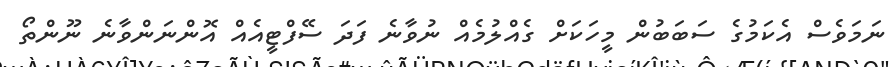
ނަމަވެސް އެކަމުގެ ސަބަބުން މީހަކަށް ގެއްލުމެއް ނުވާނެ ފަދަ ސޭފްޓީއެއް އޮންނަންވާނެ ނޫންތޯ